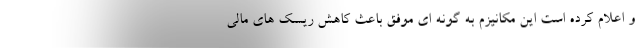
و اعلام کرده است این مکانیزم به گونه ای موفق باعث کاهش ریسک های مالی